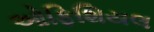
ઓફિશિયલ